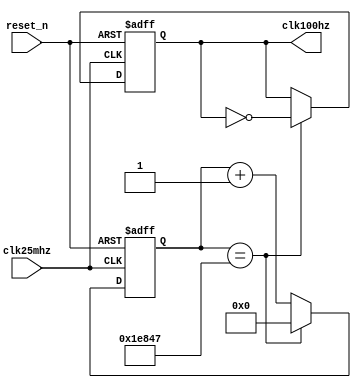
//-----------------------------------------------------------------------------
// The confidential and proprietary information contained in this file may
// only be used by a person authorised under and to the extent permitted
// by a subsisting licensing agreement from ARM Limited.
//
//            (C) COPYRIGHT 2013 ARM Limited.
//                ALL RIGHTS RESERVED
//
// This entire notice must be reproduced on all copies of this file
// and copies of this file may only be made by a person if such person is
// permitted to do so under the terms of a subsisting license agreement
// from ARM Limited.
//
//      SVN Information
//
//      Checked In          : $Date: 2017-07-25 15:10:13 +0100 (Tue, 25 Jul 2017) $
//
//      Revision            : $Revision: 368444 $
//
//      Release Information : Cortex-M0 DesignStart-r2p0-00rel0
//
//-----------------------------------------------------------------------------
//-----------------------------------------------------------------------------
// Abstract : Generate 100Hz clock from 25MHz for V2M-MPS2
//-----------------------------------------------------------------------------
// This can be used for typical benchmarking or timing reference

module fpga_100hz_gen (
  input  wire  clk25mhz,
  input  wire  reset_n,
  output wire  clk100hz
  );

  reg [16:0]  reg_cntr;

  reg         reg_clk100hz;

  // Counter overflow at 200Hz
  always @(posedge clk25mhz or negedge reset_n)
  begin
    if (~reset_n)
      reg_cntr <= {17{1'b0}};
    else
      if (reg_cntr==124999)
        reg_cntr <= {17{1'b0}};
      else
        reg_cntr <= reg_cntr + {{16{1'b0}}, 1'b1};
  end

  // Toggle at 200Hz -> 100Hz clock
  always @(posedge clk25mhz or negedge reset_n)
  begin
    if (~reset_n)
      reg_clk100hz <= 1'b0;
    else
      if (reg_cntr==124999)
        reg_clk100hz <= ~reg_clk100hz;
  end

  assign clk100hz = reg_clk100hz;

endmodule